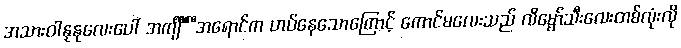
အသားဝါနုနုလေးပေါ် အင်္ကျီင်္ီင်္ီအရောင်က ဟပ်နေသောကြောင့် ကောင်မလေးသည် လိမ္မော်သီးလေးတစ်လုံးလို